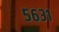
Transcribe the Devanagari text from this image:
५६३१